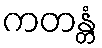
ကတန္တံ